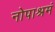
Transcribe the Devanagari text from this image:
नोपाश्रमं